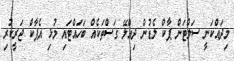
މިދައްކަނީ ސަލްޓަން ޕާކް ލެޑުން ދިއްލޭ ގަސްތަކެއް ބަހައްޓައި މުޅި އެޕާކް ޖަރީކުރި